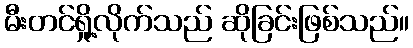
မီးတင်ရှို့လိုက်သည် ဆိုခြင်းဖြစ်သည်။